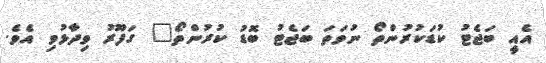
އެއީ ބަޖެޓު ކުޑަކުރުންތޯ ނުވަތަ ބަޖެޓު ބޮޑު ކުރުންތޯ" ގަފޫރު ވިދާޅުވި އެވެ.